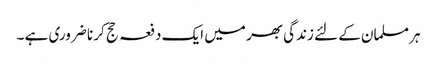
ہر مسلمان کے لئے زندگی بھر میں ایک دفعہ حج کر نا ضروری ہے ۔